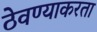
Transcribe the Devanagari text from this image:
ठेवण्याकरता